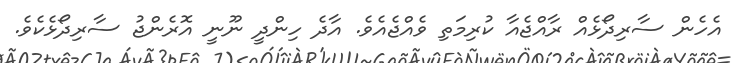
އެހެން ސާރިދޯޅެއް ރާއްޖެއާ ކުރިމަތި ވެއްޖެއެވެ. އާދެ ހިންދީ ނޫނީ އޮރެންޖު ސާރިދޯޅެކެވެ.